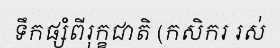
ទឹកផ្សំពីរុក្ខជាតិ (កសិករ រស់